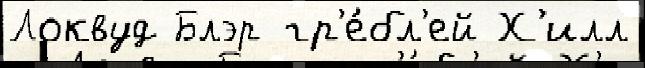
Локвуд Блэр гр'е́бл'ей Х'илл